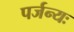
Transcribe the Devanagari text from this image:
पर्जन्यः